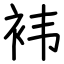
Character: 袆